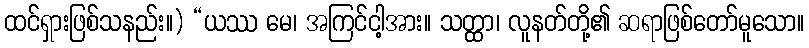
ထင်ရှားဖြစ်သနည်း။) “ယဿ မေ၊ အကြင်ငါ့အား။ သတ္ထာ၊ လူနတ်တို့၏ ဆရာဖြစ်တော်မူသော။